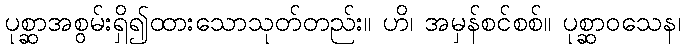
ပုစ္ဆာအစွမ်းရှိ၍ထားသောသုတ်တည်း။ ဟိ၊ အမှန်စင်စစ်။ ပုစ္ဆာဝသေန၊